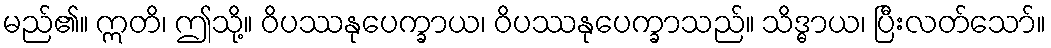
မည်၏။ ဣတိ၊ ဤသို့။ ဝိပဿနုပေက္ခာယ၊ ဝိပဿနုပေက္ခာသည်။ သိဒ္ဓာယ၊ ပြီးလတ်သော်။